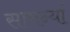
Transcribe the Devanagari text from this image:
सामन्यां